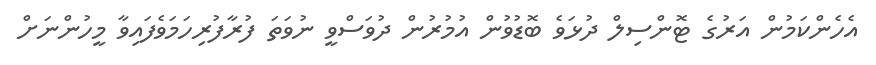
އެހެންކަމުން އަރުގެ ޓޮންސިލް ދުޅަވެ ބޮޑުވުން އުމުރުން ދުވަސްވީ ނުވަތަ ފުރާފުރިހަމަވެފައިވާ މީހުންނަށް